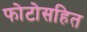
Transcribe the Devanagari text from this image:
फोटोसहित